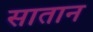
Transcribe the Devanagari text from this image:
सातान